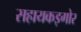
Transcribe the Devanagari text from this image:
सहायकइगोर